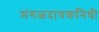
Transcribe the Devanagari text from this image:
मंगळदायकनिधी